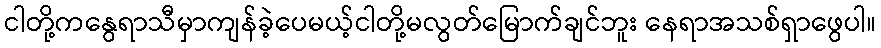
ငါတို့ကနွေရာသီမှာကျန်ခဲ့ပေမယ့်ငါတို့မလွတ်မြောက်ချင်ဘူး နေရာအသစ်ရှာဖွေပါ။